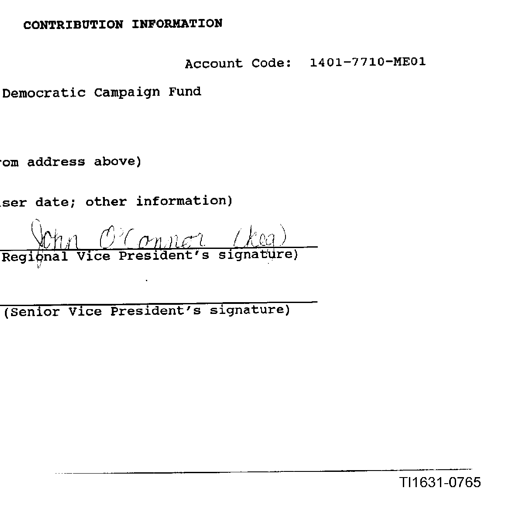
CONTRIBUTION INFORMATION

Account Code: 1401-7710-ME01

Democratic Campaign Fund

rom address above)

ser date; other information)

John O'Conner (kea)
Regional Vice President's signature)

(Senior Vice President's signature)

TI1631-0765